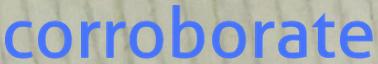
corroborate